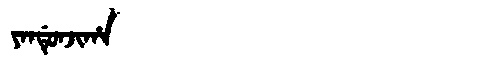
Manchu: ᠶᠠᠨᡩᡠᠨᠵᡳᡥᠠ
Romanization: YANDUNJIHA